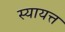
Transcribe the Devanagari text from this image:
स्यायत्त